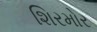
શિરમોર